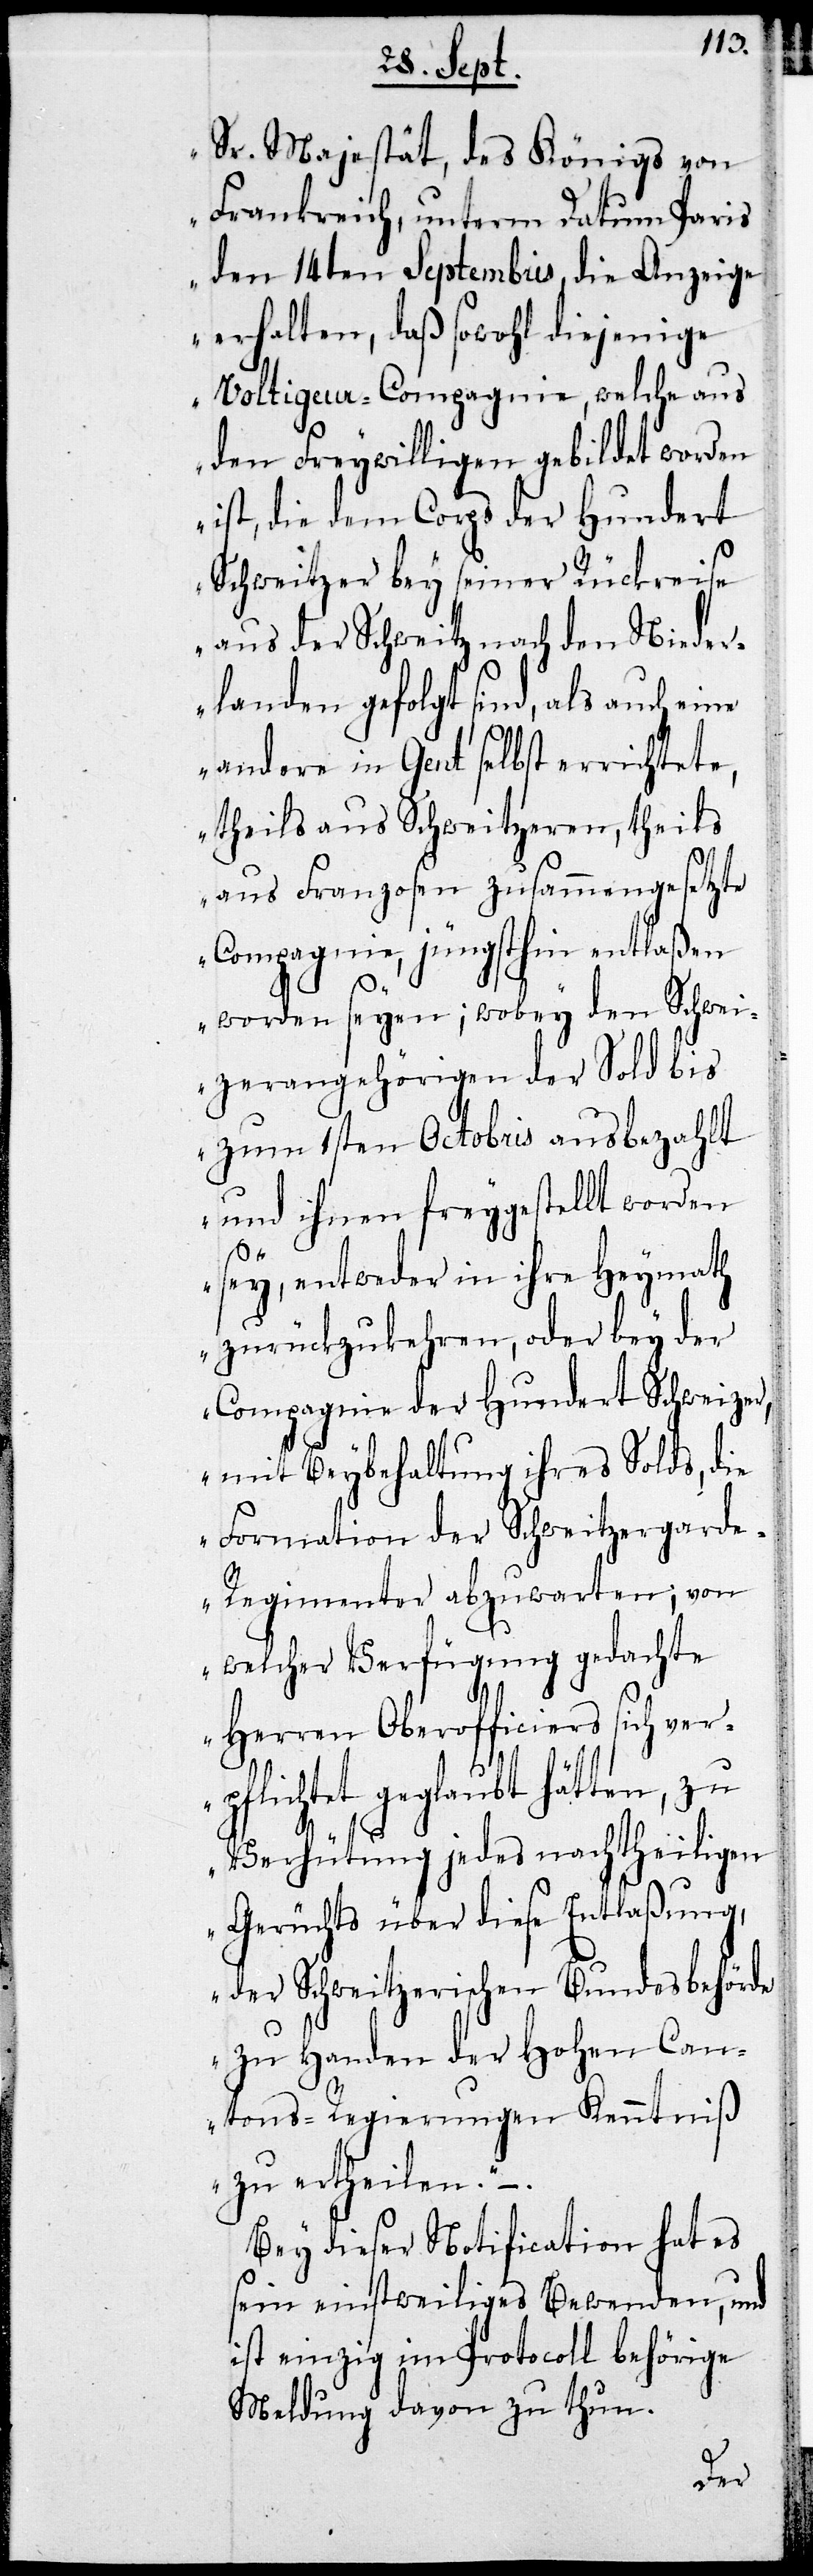
Sr. Majestät, des Königs von
Frankreich, unterm Datum Paris
den 24ten Septembris, die Anzeige
erhalten, daß sowohl diejenige
Voltigeur-Compagnie, welche aus
den Freywilligen gebildet worden
ist, die dem Corps der Hundert
Schweitzer bey seiner Rückreise
aus der Schweitz nach den Nieder¬
landen gefolgt sind, als auch eine
andere in Gent selbst errichtete,
theils aus Schweitzeren, theils
aus Franzosen zusammengesetzte
Compagnie, jüngsthin entlaßen
worden seyen; wobey den Schwei¬
zerangehörigen der Sold bis
zum 1sten Octobris ausbezahlt
und ihnen freygestellt worden
sey, entweder in ihre Heymath
zurückzukehren, oder bey der
Compagnie der Hundert Schweizer,
mit Beybehaltung ihres Solds, die
Formation der Schweitzergard¬
e-Regimenter abzuwarten; von
welcher Verfügung die gedachten
Herren Oberofficiers sich ver¬
pflichtet geglaubt hätten, zu
Verhütung jedes nachtheiligen
Gerüchts über diese Entlaßung,
der Schweitzerischen Bundesbehörde
zu Handen der Hohen Can¬
tons-Regierungen Kenntniß
zu ertheilen.“ –
Bey dieser Niotification hat es
sein einstweiliges Bewenden, und
ist einzig im Protocoll behörige
Meldung davon zu thun.